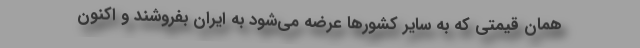
همان قیمتی که به سایر کشور‌ها عرضه می‌شود به ایران بفروشند و اکنون